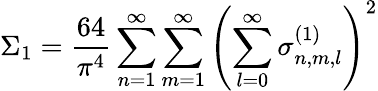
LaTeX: \Sigma_{1}=\frac{64}{\pi^{4}}\sum_{n=1}^{\infty}\sum_{m=1}^{\infty}\left(\sum_{l=0}^{\infty}\sigma_{n,m,l}^{(1)}\right)^{2}